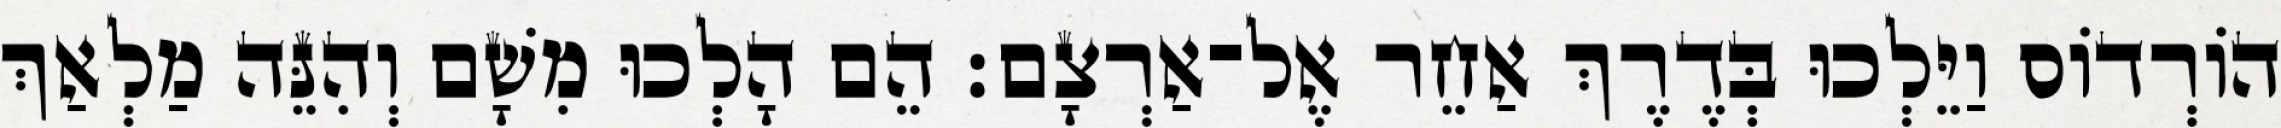
הוֹרְדוֹס וַיֵּלְכוּ בְּדֶרֶךְ אַחֵר אֶל־אַרְצָם׃ הֵם הָלְכוּ מִשָׁם וְהִנֵּה מַלְאַךְ